Report on vaccination in Madras 1904-1921 - 1904-1921
Year: 1904
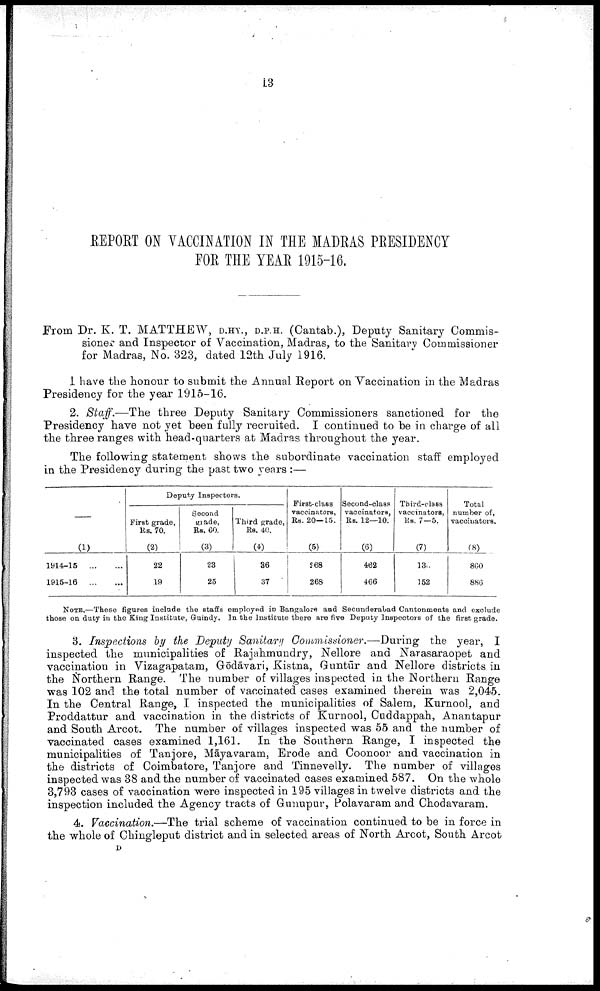
13
REPORT ON VACCINATION IN THE MADRAS PRESIDENCY
FOR THE YEAR 1915-16.
From Dr. K. T. MATTHEW, D.HY., D.P.H. (Cantab.), Deputy Sanitary Commis
sioner and Inspector of Vaccination, Madras, to the Sanitary Commissioner
for Madras, No. 323, dated 12th July 1916.
I have the honour to submit the Annual Report on Vaccination in the Madras
Presidency for the year 1915-16.
2. Staff.—The three Deputy Sanitary Commissioners sanctioned for the
Presidency have not yet been fully recruited. I continued to be in charge of all
the three ranges with head-quarters at Madras throughout the year.
The following statement shows the subordinate vaccination staff employed
in the Presidency during the past two years :—
—
(1)
1914-15
...
...
1915-16
...
...
Deputy Inspectors.
First grade,
Rs. 70.
(2)
22
19
Second
grade,
Rs. 60.
(3)
23
25
Third grade,
Rs. 40.
(4)
36
37
First-class
vaccinators,
Rs. 20—15.
(5)
268
268
Second-class
vaccinators,
RS. 12—10.
(6)
462
466
Third-clsss
vaccinators,
Rs. 7—5.
(7)
136
152
Total
number of
vaccinators.
(8)
860
886
NOTE.—These figures include the staffs employed in Bangalore and Secunderabad Cantonments and exclude
those on duty in the King Institute, Guindy. In the Institute there are five Deputy Inspectors of the first grade.
3. Inspections by the Deputy Sanitary Commissioner.—During the year, I
inspected the municipalities of Rajahmundry, Nellore and Narasaraopet and
vaccination in Vizagapatam, Gōdāvari, Kistna, Guntūr and Nellore districts in
the Northern Range. The number of villages inspected in the Northern Range
was 102 and the total number of vaccinated cases examined therein was 2,045.
In the Central Range, I inspected the municipalities of Salem, Kurnool, and
Proddattur and vaccination in the districts of Kurnool, Cuddappah, Anantapur
and South Arcot. The number of villages inspected was 55 and the number of
vaccinated cases examined 1,161. In the Southern Range, I inspected the
municipalities of Tanjore, Māyavaram, Erode and Coonoor and vaccination in
the districts of Coimbatore, Tanjore and Tinnevelly. The number of villages
inspected was 38 and the number of vaccinated cases examined 587. On the whole
3,793 cases of vaccination were inspected in 195 villages in twelve districts and the
inspection included the Agency tracts of Gunupur, Polavaram and Chodavaram.
4. Vaccination.—The trial scheme of vaccination continued to be in force in
the whole of Chingleput district and in selected areas of North Arcot, South Arcot
D